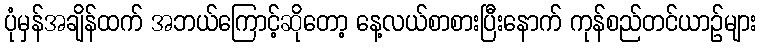
ပုံမှန်အချိန်ထက် အဘယ်ကြောင့်ဆိုတော့ နေ့လယ်စာစားပြီးနောက် ကုန်စည်တင်ယာဉ်များ